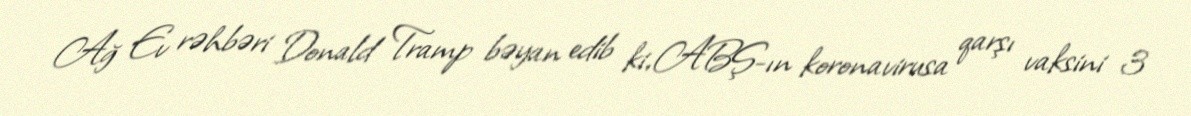
Ağ Ev rəhbəri Donald Tramp bəyan edib ki, ABŞ-ın koronavirusa qarşı vaksini 3